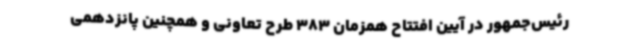
رئیس‌جمهور در آیین افتتاح همزمان 383 طرح تعاونی و همچنین پانزدهمی